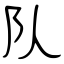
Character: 队